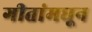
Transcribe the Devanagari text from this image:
गीतांमधून